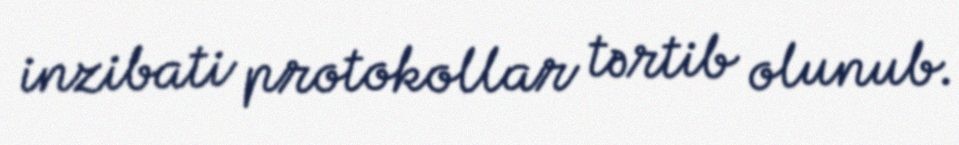
inzibati protokollar tərtib olunub.